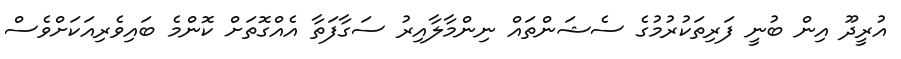
އުރީދޫ އިން ބުނީ ފަރިތަކުރުމުގެ ސެޝަންތައް ނިންމާލާއިރު ސަގާފަތާ އެއްގޮތަށް ކޮންމެ ބައިވެރިއަކަށްވެސް